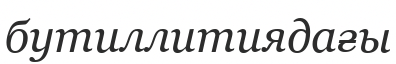
бутиллитиядағы